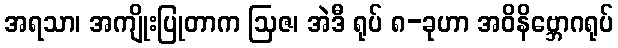
အရသာ၊ အကျိုးပြုတာက ဩဇ၊ အဲဒီ ရုပ် ၈-ခုဟာ အဝိနိဗ္ဘောဂရုပ်